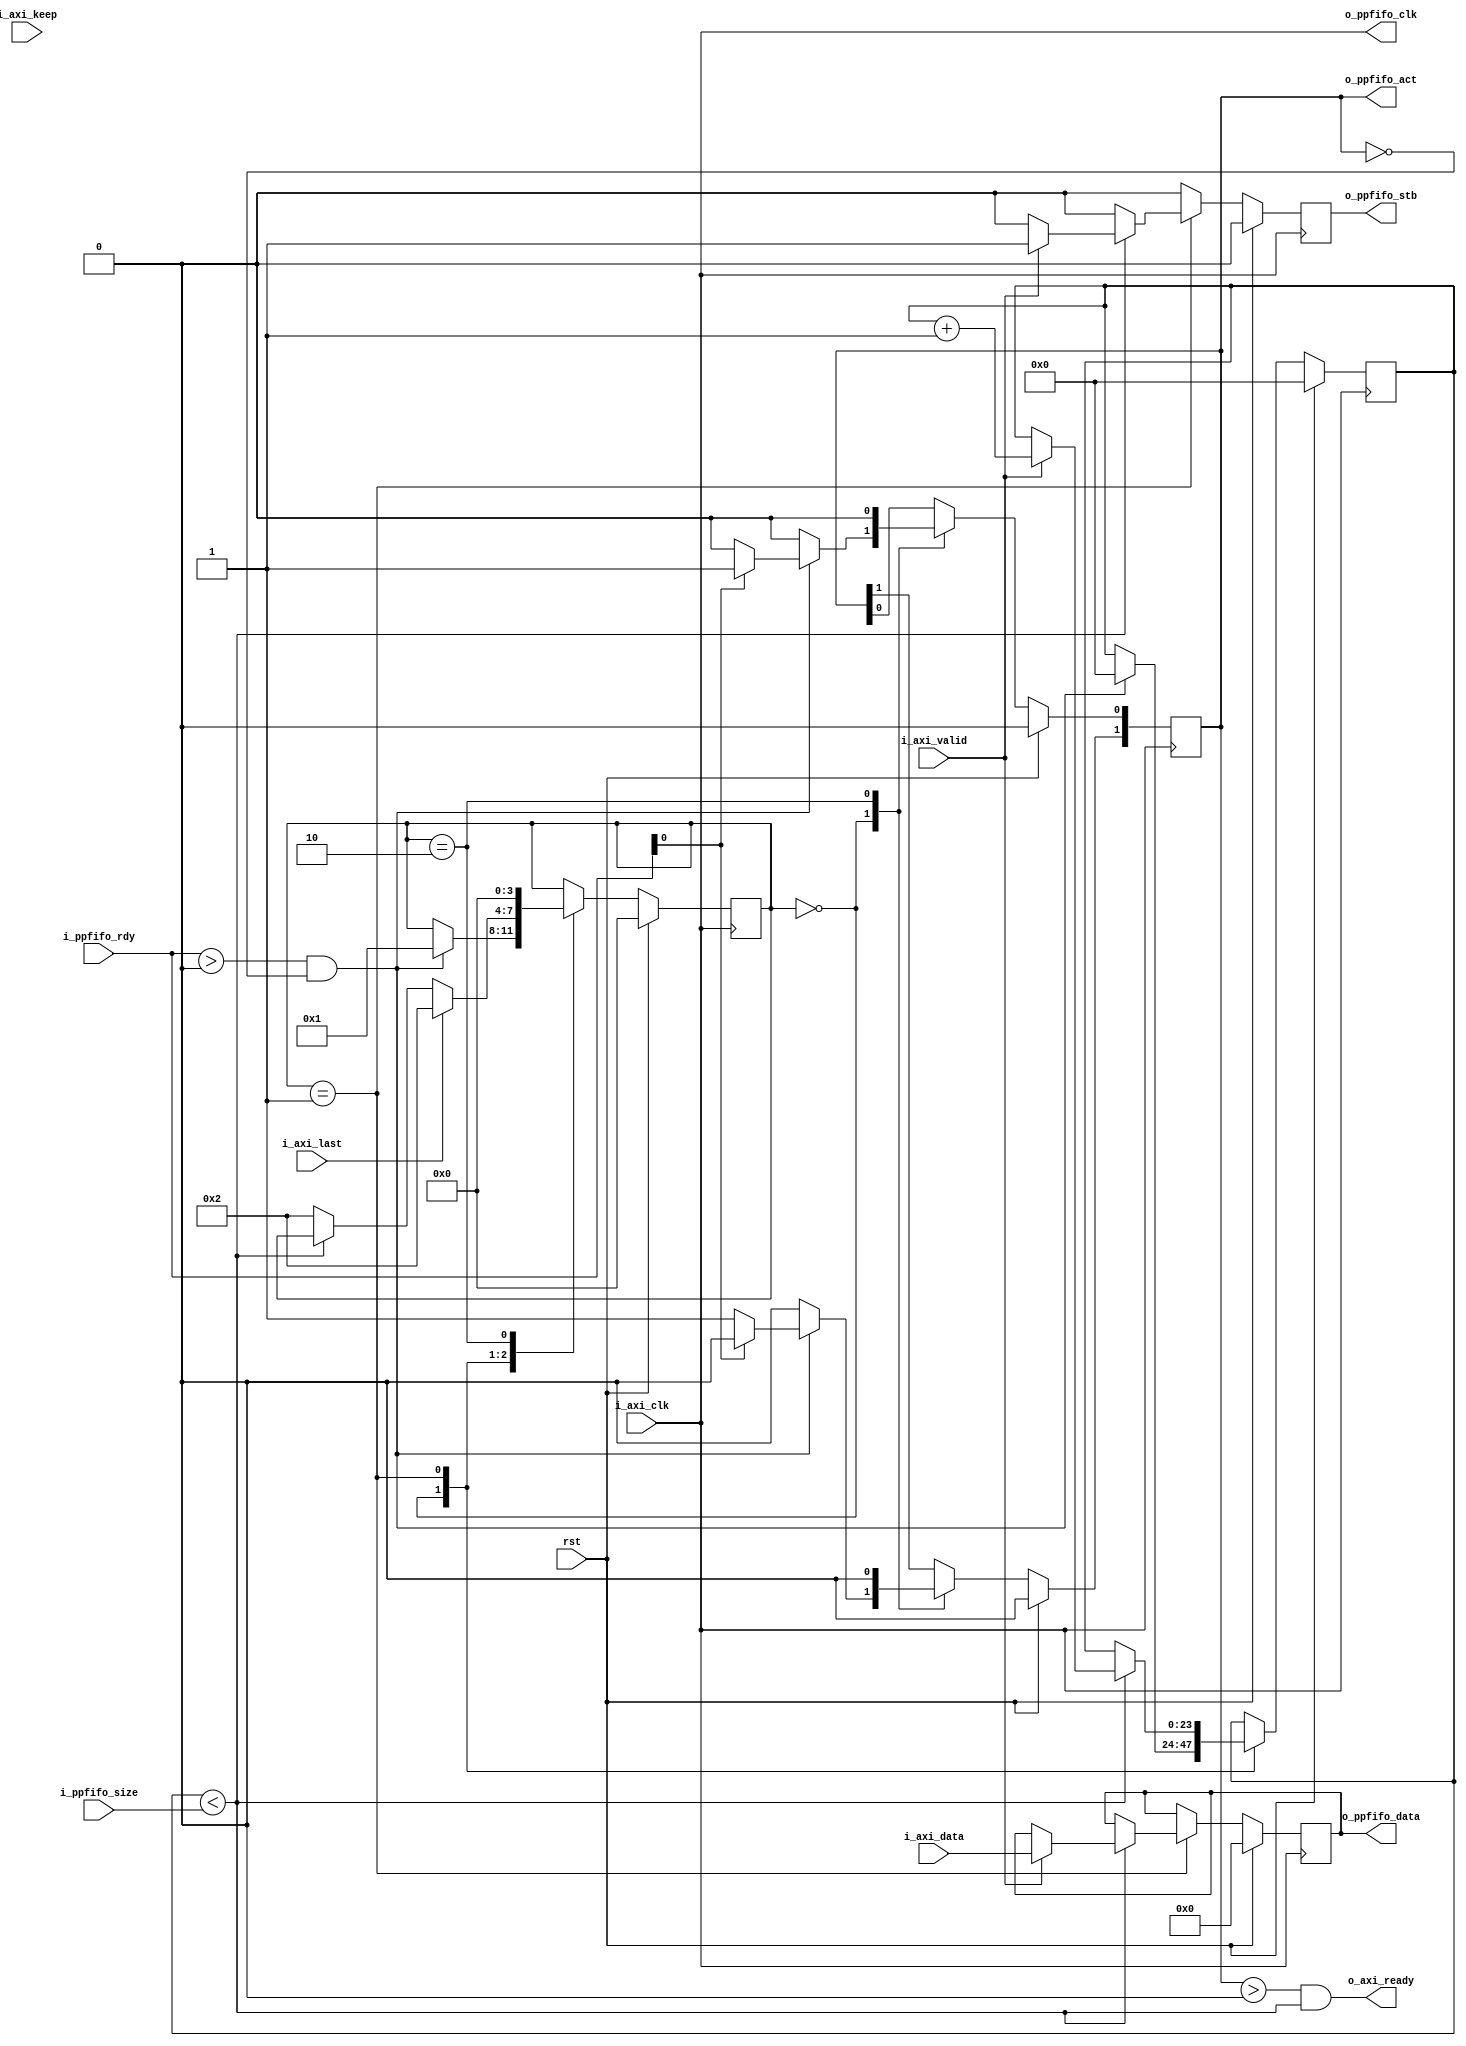
/*
Distributed under the MIT license.
Copyright (c) 2015 Dave McCoy (dave.mccoy@cospandesign.com)

Permission is hereby granted, free of charge, to any person obtaining a copy of
this software and associated documentation files (the "Software"), to deal in
the Software without restriction, including without limitation the rights to
use, copy, modify, merge, publish, distribute, sublicense, and/or sell copies
of the Software, and to permit persons to whom the Software is furnished to do
so, subject to the following conditions:

The above copyright notice and this permission notice shall be included in all
copies or substantial portions of the Software.

THE SOFTWARE IS PROVIDED "AS IS", WITHOUT WARRANTY OF ANY KIND, EXPRESS OR
IMPLIED, INCLUDING BUT NOT LIMITED TO THE WARRANTIES OF MERCHANTABILITY,
FITNESS FOR A PARTICULAR PURPOSE AND NONINFRINGEMENT. IN NO EVENT SHALL THE
AUTHORS OR COPYRIGHT HOLDERS BE LIABLE FOR ANY CLAIM, DAMAGES OR OTHER
LIABILITY, WHETHER IN AN ACTION OF CONTRACT, TORT OR OTHERWISE, ARISING FROM,
OUT OF OR IN CONNECTION WITH THE SOFTWARE OR THE USE OR OTHER DEALINGS IN THE
SOFTWARE.
*/

/*
 * Description:
 *  Translates data from an AXI stream interface to a Ping Pong FIFO
 *
 *
 * Changes      Who?  What?
 *  12/26/2015: DFM   Initial Checkin
 *  04/06/2017: DFM   Modified documentation, there is no need for the
 *                    data of either the PPFIFO or AXI Stream to be the same
 *                    size
 */

module adapter_axi_stream_2_ppfifo #(
  parameter                         DATA_WIDTH = 32,
  parameter                         STROBE_WIDTH = DATA_WIDTH / 8,
  parameter                         USE_KEEP = 0
)(
  input                             rst,

  //AXI Stream Input
  input                             i_axi_clk,
  output                            o_axi_ready,
  input       [DATA_WIDTH - 1:0]    i_axi_data,
  input       [STROBE_WIDTH - 1:0]  i_axi_keep,
  input                             i_axi_last,
  input                             i_axi_valid,

  //Ping Pong FIFO Write Controller
  output                            o_ppfifo_clk,
  input       [1:0]                 i_ppfifo_rdy,
  output  reg [1:0]                 o_ppfifo_act,
  input       [23:0]                i_ppfifo_size,
  output  reg                       o_ppfifo_stb,
  output  reg [DATA_WIDTH - 1:0]    o_ppfifo_data
);
//local parameters
localparam      IDLE        = 0;
localparam      READY       = 1;
localparam      RELEASE     = 2;
//registes/wires
wire                        clk;  //Convenience Signal
reg           [3:0]         state;
reg           [23:0]        r_count;
//submodules
//asynchronous logic

//This is a little strange to just connect the output clock with the input clock but if this is done
//Users do not need to figure out how to hook up the clocks
assign  o_ppfifo_clk    = i_axi_clk;
assign  clk             = i_axi_clk;
assign  o_axi_ready     = (o_ppfifo_act > 0) && (r_count < i_ppfifo_size);
//synchronous logic

always @ (posedge clk) begin
  o_ppfifo_stb              <=  0;

  if (rst) begin
    r_count                 <=  0;
    o_ppfifo_act            <=  0;
    o_ppfifo_data           <=  0;
    state                   <=  IDLE;
  end
  else begin
    case (state)
      IDLE: begin
        o_ppfifo_act        <=  0;
        if ((i_ppfifo_rdy > 0) && (o_ppfifo_act == 0)) begin
          r_count           <=  0;
          if (i_ppfifo_rdy[0]) begin
            o_ppfifo_act[0] <=  1;
          end
          else begin
            o_ppfifo_act[1] <=  1;
          end
          state             <=  READY;
        end
      end
      READY: begin
        if (r_count < i_ppfifo_size) begin
          if (i_axi_valid) begin
            o_ppfifo_stb    <=  1;
            o_ppfifo_data   <=  i_axi_data;

            r_count         <=  r_count + 1;
          end
        end
        //Conditions to release the FIFO or stop a transaction
        else begin
          state             <=  RELEASE;
        end
        if (i_axi_last) begin
          state             <=  RELEASE;
        end
      end
      RELEASE: begin
        o_ppfifo_act        <=  0;
        state               <=  IDLE;
      end
      default: begin
      end
    endcase
  end
end

endmodule